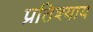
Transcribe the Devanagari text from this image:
प्रतिश्‍याय